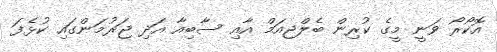
އޮކޯރޯ ވަނީ މީގެ ކުރިން ބެލްޖިއަމް އާއި ސާބިއާ އަދި ޖަރުމަންގައި ކުޅެފަ